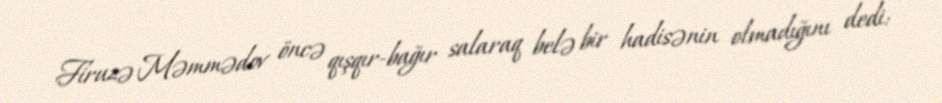
Firuzə Məmmədov öncə qışqır-bağır salaraq belə bir hadisənin olmadığını dedi: